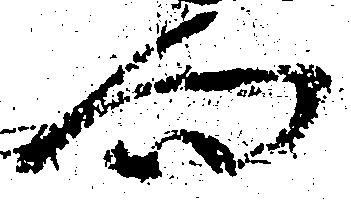
向